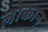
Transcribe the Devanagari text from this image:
लोकान्